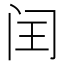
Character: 闰